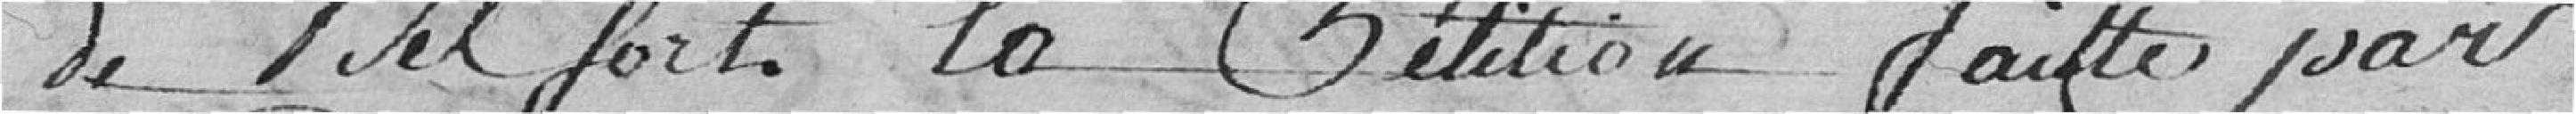
de Belfort, la pétition faite par